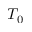
T _ { 0 }